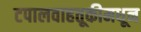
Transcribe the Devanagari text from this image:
टपालवाहतूकीमधून